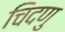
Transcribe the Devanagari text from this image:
चिदणु